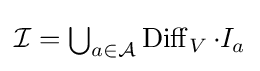
{\mathcal {I}}=\textstyle \bigcup _{a\in {\mathcal {A}}}\displaystyle \operatorname {Diff} _{V}\cdot I_{a}